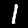
Label: 1